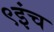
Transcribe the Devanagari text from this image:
९इंच